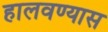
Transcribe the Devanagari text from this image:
हालवण्यास